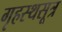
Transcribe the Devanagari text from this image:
गृहस्थसूत्र